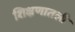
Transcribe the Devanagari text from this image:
शिक्षणातली